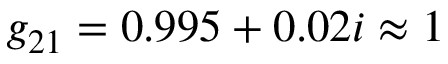
g _ { 2 1 } = 0 . 9 9 5 + 0 . 0 2 i \approx 1